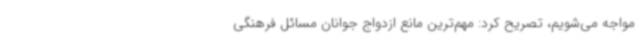
مواجه می‌شویم، تصریح کرد: مهم‌ترین مانع ازدواج جوانان مسائل فرهنگی